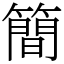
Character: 簡